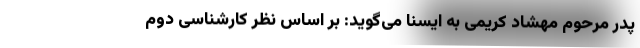
پدر مرحوم مهشاد کریمی به ایسنا می‌گوید: بر اساس نظر کارشناسی دوم